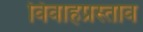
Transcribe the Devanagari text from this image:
विवाहप्रस्ताव